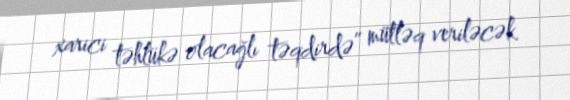
xarici təhlükə olacağlı təqdirdə” mütləq veriləcək.